Problem: 8 ÷ 2 = ?
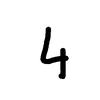
Handwritten answer: 4